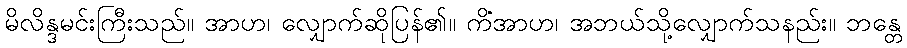
မိလိန္ဒမင်းကြီးသည်။ အာဟ၊ လျှောက်ဆိုပြန်၏။ ကိံအာဟ၊ အဘယ်သို့လျှောက်သနည်း။ ဘန္တေ